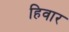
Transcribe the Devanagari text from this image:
हिवार